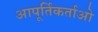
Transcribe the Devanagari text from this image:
आपूर्तिकर्ताओ